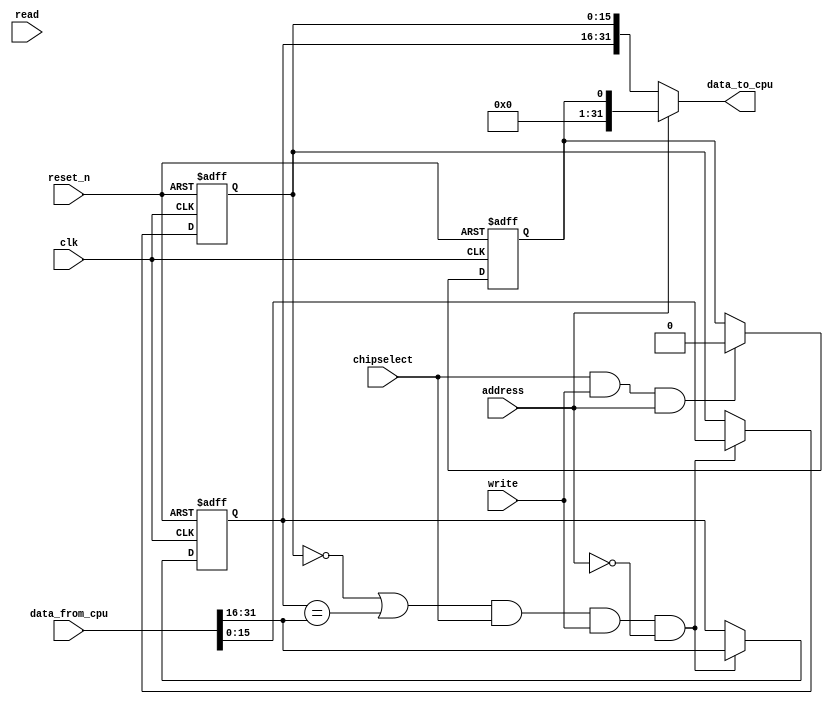
//Legal Notice: (C)2017 Altera Corporation. All rights reserved.  Your
//use of Altera Corporation's design tools, logic functions and other
//software and tools, and its AMPP partner logic functions, and any
//output files any of the foregoing (including device programming or
//simulation files), and any associated documentation or information are
//expressly subject to the terms and conditions of the Altera Program
//License Subscription Agreement or other applicable license agreement,
//including, without limitation, that your use is for the sole purpose
//of programming logic devices manufactured by Altera and sold by Altera
//or its authorized distributors.  Please refer to the applicable
//agreement for further details.

// synthesis translate_off
`timescale 1ns / 1ps
// synthesis translate_on

// turn off superfluous verilog processor warnings 
// altera message_level Level1 
// altera message_off 10034 10035 10036 10037 10230 10240 10030 

module multiprocessor_tutorial_main_system_philosopher_one_chopstick_mutex (
                                                                             // inputs:
                                                                              address,
                                                                              chipselect,
                                                                              clk,
                                                                              data_from_cpu,
                                                                              read,
                                                                              reset_n,
                                                                              write,

                                                                             // outputs:
                                                                              data_to_cpu
                                                                           )
;

  output  [ 31: 0] data_to_cpu;
  input            address;
  input            chipselect;
  input            clk;
  input   [ 31: 0] data_from_cpu;
  input            read;
  input            reset_n;
  input            write;


wire    [ 31: 0] data_to_cpu;
wire             mutex_free;
reg     [ 15: 0] mutex_owner;
wire             mutex_reg_enable;
wire    [ 31: 0] mutex_state;
reg     [ 15: 0] mutex_value;
wire             owner_valid;
reg              reset_reg;
wire             reset_reg_enable;
  //s1, which is an e_avalon_slave
  //mutex_value, which is an e_register
  always @(posedge clk or negedge reset_n)
    begin
      if (reset_n == 0)
          mutex_value <= 0;
      else if (mutex_reg_enable)
          mutex_value <= data_from_cpu[15 : 0];
    end


  //mutex_owner, which is an e_register
  always @(posedge clk or negedge reset_n)
    begin
      if (reset_n == 0)
          mutex_owner <= 0;
      else if (mutex_reg_enable)
          mutex_owner <= data_from_cpu[31 : 16];
    end


  //reset_reg, which is an e_register
  always @(posedge clk or negedge reset_n)
    begin
      if (reset_n == 0)
          reset_reg <= 1'b1;
      else if (reset_reg_enable)
          reset_reg <= 1'b0;
    end


  assign mutex_free = mutex_value == 0;
  assign owner_valid = mutex_owner == data_from_cpu[31 : 16];
  assign mutex_reg_enable = (mutex_free | owner_valid) & chipselect & write & ~address;
  assign reset_reg_enable = chipselect & write & address;
  assign data_to_cpu = address ? reset_reg : mutex_state;
  assign mutex_state[15 : 0] = mutex_value;
  assign mutex_state[31 : 16] = mutex_owner;

endmodule